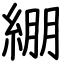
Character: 綳